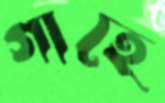
গাহে